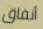
أنفاق